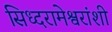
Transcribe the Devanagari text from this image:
सिध्दरामेश्वरांशी